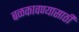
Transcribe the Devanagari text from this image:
बळकावण्यासाठी